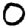
Digit: 0